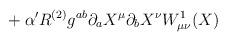
LaTeX: \begin{align*}{}+ \alpha' R^{(2)} g^{ab} \partial_a X^\mu \partial_b X^\nu W^1_{\mu\nu}(X)\end{align*}